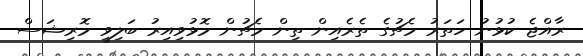
ރާއްޖެ ކުޅުނު ހަތަރު މެޗުގެ ތެރެއިން ތިން މެޗުން މޮޅުވިއިރު ބަލިވީ މޮރިޝަސް